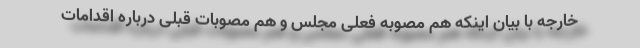
خارجه با بیان اینکه هم مصوبه فعلی مجلس و هم مصوبات قبلی درباره اقدامات